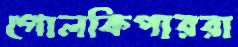
গোলকিপাররা